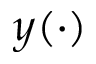
y ( \cdot )